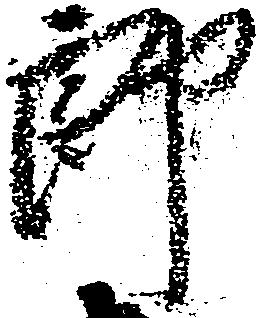
郎